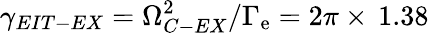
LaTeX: \gamma_{EIT-EX}=\Omega_{C-EX}^{2}/\Gamma_{\mathrm{e}}=2\pi\times\, 1.38